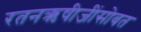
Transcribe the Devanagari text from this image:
रतनऋषीजींसोबत